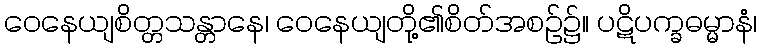
ဝေနေယျစိတ္တသန္တာနေ၊ ဝေနေယျတို့၏စိတ်အစဉ်၌။ ပဋိပက္ခဓမ္မာနံ၊